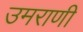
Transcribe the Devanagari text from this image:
उमराणी